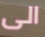
الى